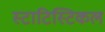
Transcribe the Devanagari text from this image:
स्टाटिस्टिकल